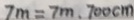
7 m = 7 m , 7 0 0 c m